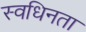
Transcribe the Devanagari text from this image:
स्वधिनता